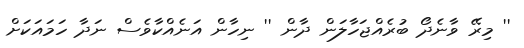
'' މިރޭ ވާނެދޯ ބުރެއްޖަހާލަން ދާން '' ނިހާން އަނެއްކާވެސް ނަދާ ހަމައަކަށް